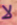
لا